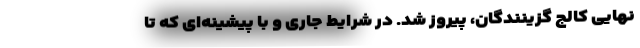
نهایی کالج گزینندگان، پیروز شد. در شرایط جاری و با پیشینه‌ای که تا